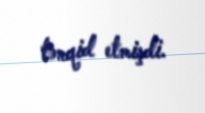
tənqid etmişdi.